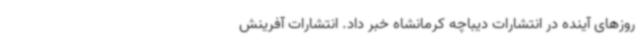
روزهای آینده در انتشارات دیباچه کرمانشاه خبر داد. انتشارات آفرینش